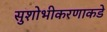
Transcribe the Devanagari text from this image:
सुशोभीकरणाकडे